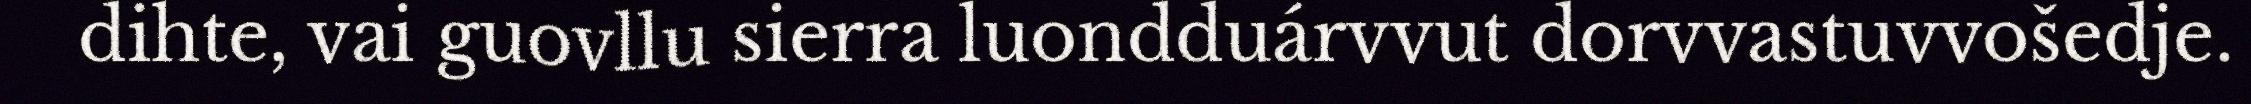
dihte, vai guovllu sierra luondduárvvut dorvvastuvvošedje.